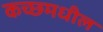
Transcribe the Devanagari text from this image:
कच्छ्मधील